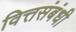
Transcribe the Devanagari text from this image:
वित्तसंबंधी